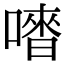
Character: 𠽳